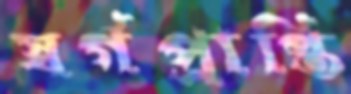
স্বর্গপ্রাপ্তি